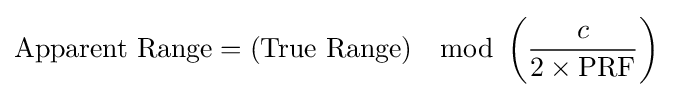
{\text{Apparent Range}}=({\text{True Range}})\mod \left({\frac {c}{2\times \mathrm {PRF} }}\right)